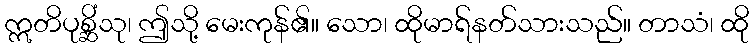
ဣတိပုစ္ဆိံသု၊ ဤသို့ မေးကုန်၏။ သော၊ ထိုမာရ်နတ်သားသည်။ တာသံ၊ ထို